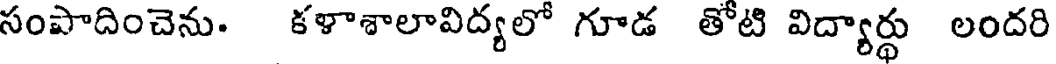
సంపాదించెను. కళాశాలావిద్యలో గూడ తోటి విద్యార్థు లందరి